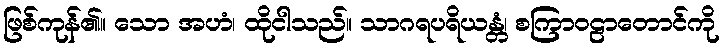
ဖြစ်ကုန်၏။ သော အဟံ၊ ထိုငါသည်။ သာဂရပရိယန္တံ၊ စကြာဝဠာတောင်ကို